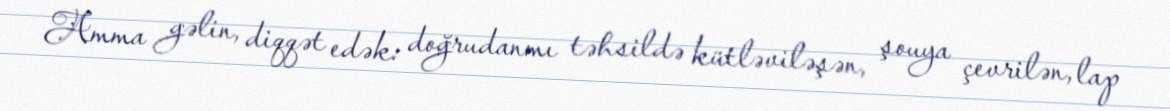
Amma gəlin, diqqət edək: doğrudanmı təhsildə kütləviləşən, şouya çevrilən, lap